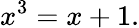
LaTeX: x^{3}=x+1.